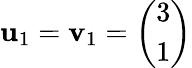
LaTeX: \mathbf{u}_{1}=\mathbf{v}_{1}={\left(\begin{array}{l}{3}\\ {1}\end{array}\right)}